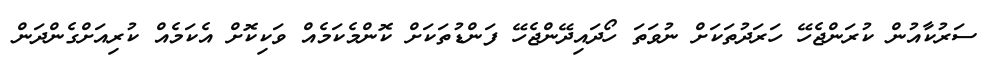
ސަރުކާއުން ކުރަންޖެހޭ ހަރަދުތަކަށް ނުވަތަ ހޯދައިދޭންޖެހޭ ފަންޑުތަކަށް ކޮންމެކަމެއް ވަކިކޮށް އެކަމެއް ކުރިއަށްގެންދަން